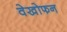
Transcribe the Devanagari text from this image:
वेखोफन